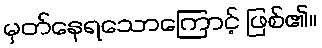
မှတ်နေရသောကြောင့် ဖြစ်၏။